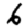
Digit: 6